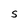
Character: S